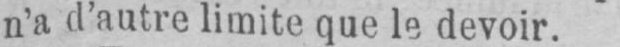
n’a d’autre limite que le devoir.